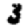
Digit: 3